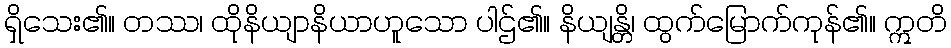
ရှိသေး၏။ တဿ၊ ထိုနိယျာနိယာဟူသော ပါဌ်၏။ နိယျန္တိ၊ ထွက်မြောက်ကုန်၏။ ဣတိ